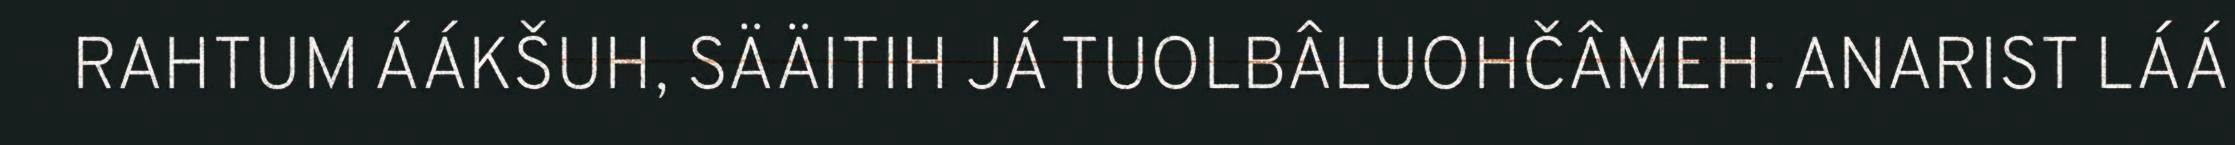
RAHTUM ÁÁKŠUH, SÄÄITIH JÁ TUOLBÂLUOHČÂMEH. ANARIST LÁÁ